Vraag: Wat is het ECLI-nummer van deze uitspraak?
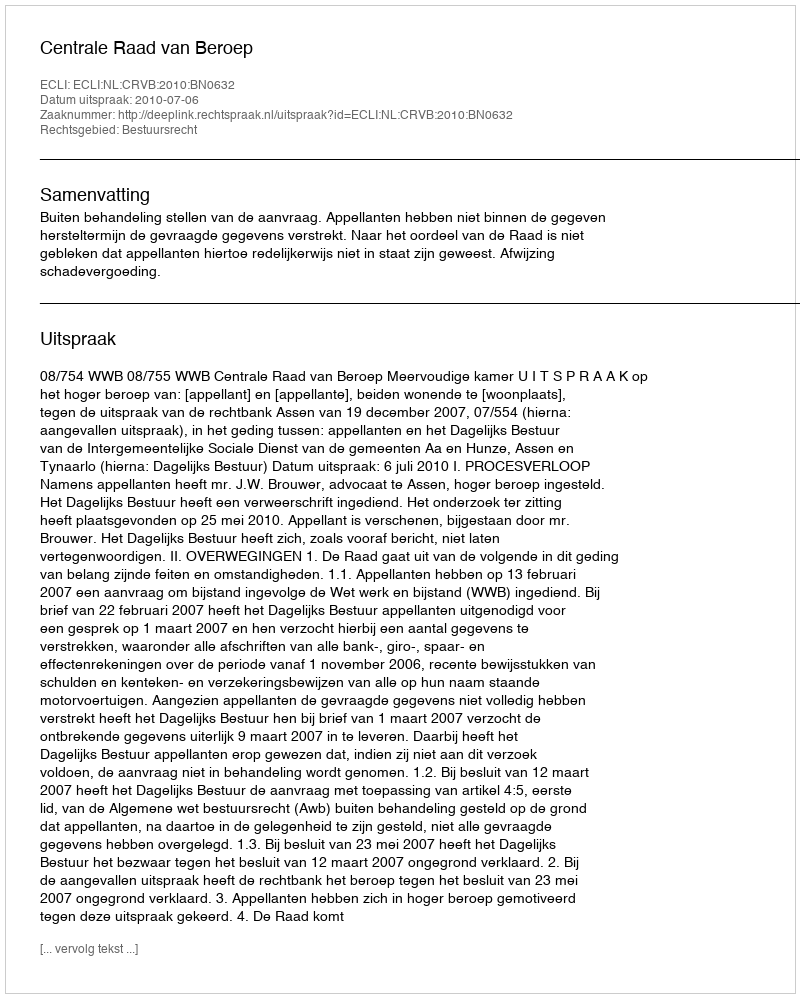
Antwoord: ECLI:NL:CRVB:2010:BN0632